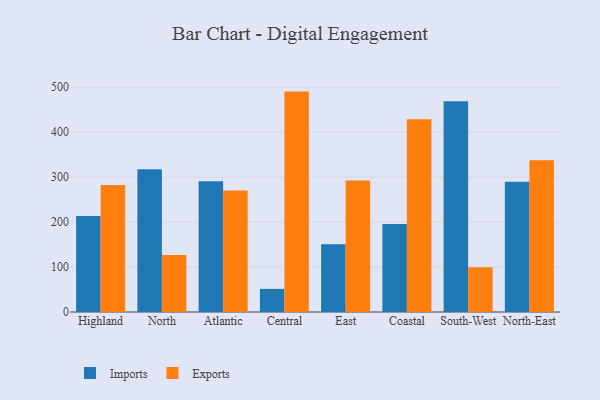
{"axis": {"x": "Region", "y": "Gross Profit (USD K)"}, "legend": ["Exports", "Imports"], "data": [{"x": "Highland", "y": 213.3, "type": "Imports"}, {"x": "Highland", "y": 282.8, "type": "Exports"}, {"x": "North", "y": 317.5, "type": "Imports"}, {"x": "North", "y": 126.9, "type": "Exports"}, {"x": "Atlantic", "y": 290.8, "type": "Imports"}, {"x": "Atlantic", "y": 270.4, "type": "Exports"}, {"x": "Central", "y": 51.4, "type": "Imports"}, {"x": "Central", "y": 490.3, "type": "Exports"}, {"x": "East", "y": 150.8, "type": "Imports"}, {"x": "East", "y": 292.3, "type": "Exports"}, {"x": "Coastal", "y": 195.7, "type": "Imports"}, {"x": "Coastal", "y": 428.7, "type": "Exports"}, {"x": "South-West", "y": 468.8, "type": "Imports"}, {"x": "South-West", "y": 99.6, "type": "Exports"}, {"x": "North-East", "y": 290.0, "type": "Imports"}, {"x": "North-East", "y": 337.6, "type": "Exports"}]}